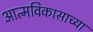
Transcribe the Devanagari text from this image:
आत्मविकासाच्या